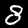
Digit: 8